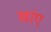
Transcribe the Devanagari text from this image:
खांए